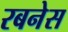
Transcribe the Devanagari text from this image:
रबनेस